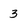
Character: 3